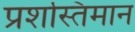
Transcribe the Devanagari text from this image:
प्रशस्तिमान